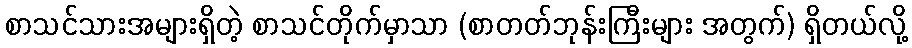
စာသင်သားအများရှိတဲ့ စာသင်တိုက်မှာသာ (စာတတ်ဘုန်းကြီးများ အတွက်) ရှိတယ်လို့